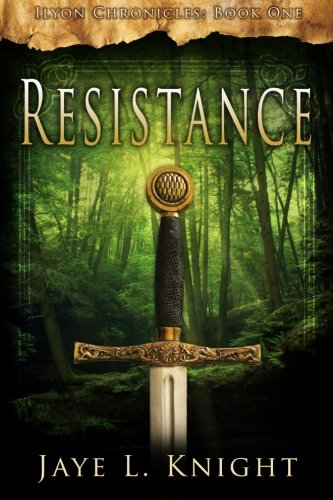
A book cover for Resistance (Ilyon Chronicles) (Volume 1); Jaye L. Knight; Christian Books & Bibles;